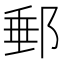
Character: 郵